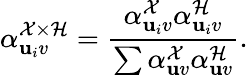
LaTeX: \alpha_{\mathbf{u}_{i}v}^{\mathcal{{X}}\times\mathcal{{H}}}=\frac{{\alpha_{\mathbf{u}_{i}v}^{\mathcal{{X}}}\alpha_{\mathbf{u}_{i}v}^{\mathcal{{H}}}}}{{\sum\alpha_{\mathbf{u}v}^{\mathcal{{X}}}\alpha_{\mathbf{u}v}^{\mathcal{{H}}}}}.